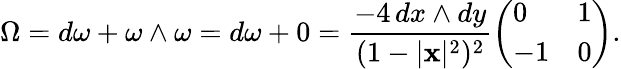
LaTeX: \Omega=d\omega+\omega\wedge\omega=d\omega+0={\frac{-4\, dx\wedge dy}{(1-|\mathbf{x}|^{2})^{2}}}{\left(\begin{array}{ll}{0}&{1}\\ {-1}&{0}\end{array}\right)}.